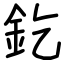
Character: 釳